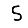
Digit: 5